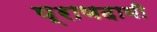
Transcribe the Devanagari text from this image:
प्राणदायी